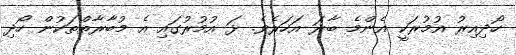
ހޯދިއިރު އުމުރަކީ އެންމެ ބާރަ އަހަރެވެ. ޅަ އުމުރުގައި އެ މުބާރާތްތަކުން ހޯދި